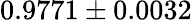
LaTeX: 0.9771\pm 0.0032